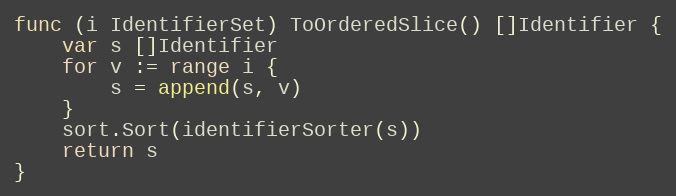
Language: Go
func (i IdentifierSet) ToOrderedSlice() []Identifier {
	var s []Identifier
	for v := range i {
		s = append(s, v)
	}
	sort.Sort(identifierSorter(s))
	return s
}